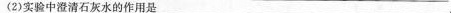
(2)实验中澄清石灰水的作用是___.